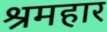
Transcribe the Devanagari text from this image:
श्रमहार